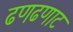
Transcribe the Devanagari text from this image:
ढणढणाट